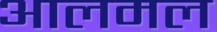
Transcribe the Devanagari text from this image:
आलमल